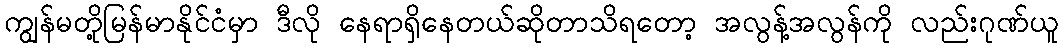
ကျွန်မတို့မြန်မာနိုင်ငံမှာ ဒီလို နေရာရှိနေတယ်ဆိုတာသိရတော့ အလွန့်အလွန်ကို လည်းဂုဏ်ယူ